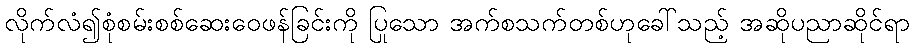
လိုက်လံ၍စုံစမ်းစစ်ဆေးဝေဖန်ခြင်းကို ပြုသော အက်စသက်တစ်ဟုခေါ်သည့် အဆိုပညာဆိုင်ရာ